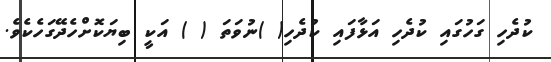
ކުދެހި ގަހުގައި ކުދެހި އަޅާފައި ކުދެހި( )ނުވަތަ ( ) އަކީ ބިޔަކޮށްހެދޭގަހެކެވެ.